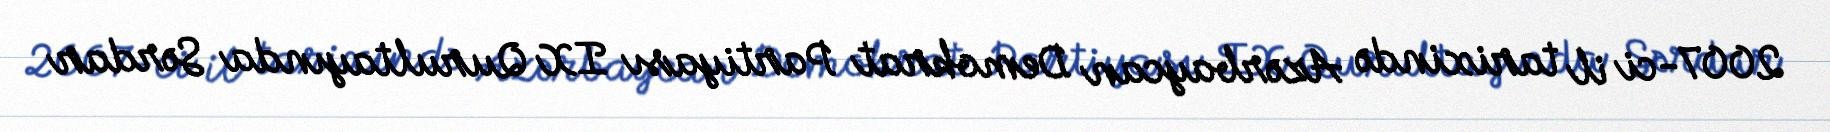
2007-ci il tarixində Azərbaycan Demokrat Partiyası IX Qurultayında Sərdar